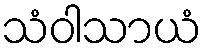
သံဝါသာယံ